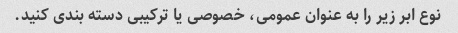
نوع ابر زیر را به عنوان عمومی، خصوصی یا ترکیبی دسته بندی کنید.